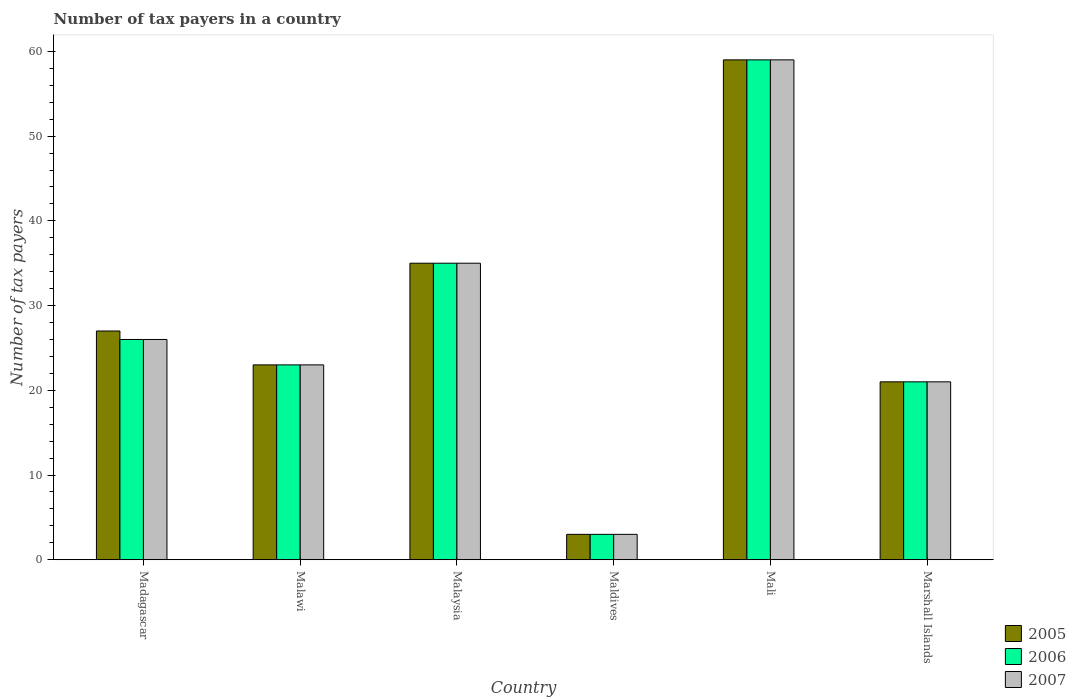
| Country | 2005 | 2006 | 2007 |
 | --- | --- | --- | --- |
 | Madagascar | 27 | 26 | 26 |
 | Malawi | 23 | 23 | 23 |
 | Malaysia | 35 | 35 | 35 |
 | Maldives | 3 | 3 | 3 |
 | Mali | 59 | 59 | 59 |
 | Marshall Islands | 21 | 21 | 21 |